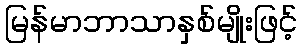
မြန်မာဘာသာနှစ်မျိုးဖြင့်